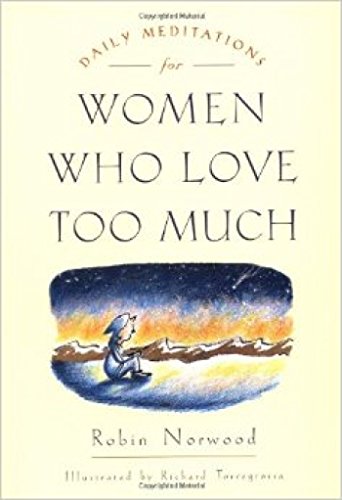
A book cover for Daily meditations for women who love too much; Robin Norwood; Parenting & Relationships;